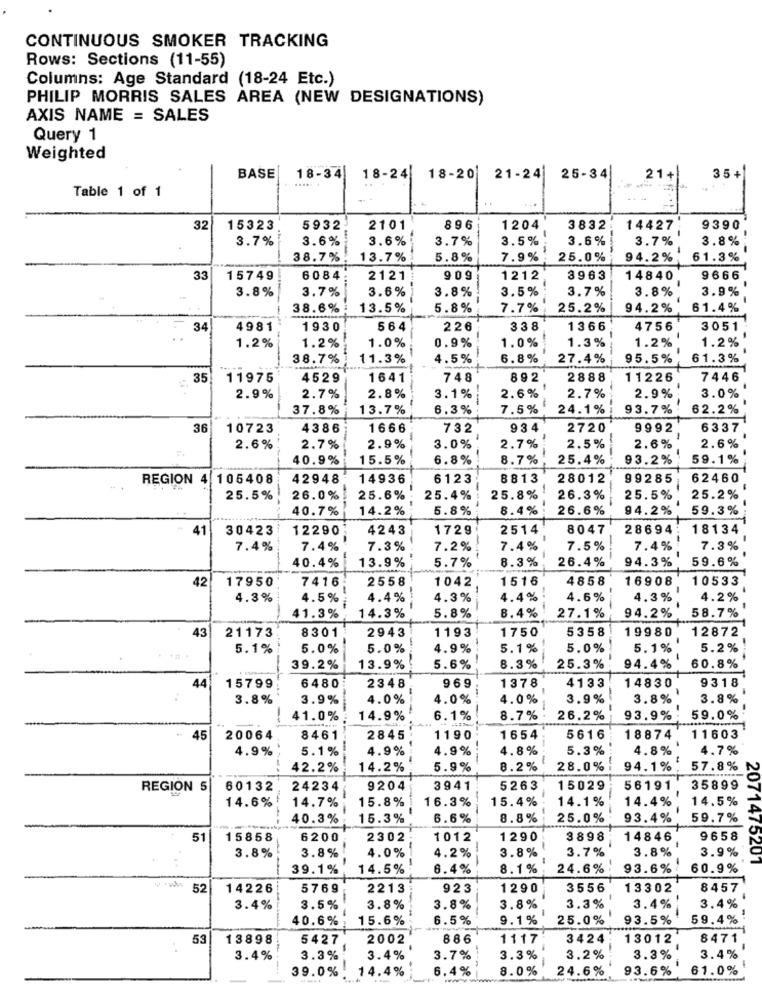
CONTINUOUS SMOKER TRACKING
Rows: Sections (11-55)
Columns: Age Standard (18-24 Etc.)
PHILIP MORRIS SALES AREA (NEW DESIGNATIONS)
AXIS NAME = SALES
Query 1
Weighted
35+
BASE
18-34
18-24
18-20
21-24
25-34
21+
Table 1 of 1
...
32
15323
5932
2101
896
1204
3832
14427
9390
3.7%
3.6%
3.6%
3.7%
3.5%
3.6%
3.7%
3.8%
38.7%
13.7%
5.8%
7.9%
25.0%
94.2%
61.3%
33
15749
6084
2121
909
1212
3963
14840
9666
3.8%
3.7%
3.6%
3.8%
3.5%
3.7%
3.8%
3.9%
38.6%
13.5%
5.8%
7.7%
25.2%
94.2%
61.4%
34
4981
1930
564
226
338
1366
4756
3051
1.2%
1.0%
1.3%
1.2%
1.2%
1.2%
1.0%
0.9%
38.7%
11.3%
4.5%
6.8%
27.4%
95.5%
61.3%
35
11975
4529
1641
748
892
2888
11226
7446
2.9%
2.7%
2.8%
3.1%
2.6%
2.7%
2.9%
3.0%
37.8%
13.7%
6.3%
7.5%
24.1%
93.7%
62.2%
36
10723
4386
1666
732
934
2720
9992
6337
-
2.6%
2.6%
2.7%
2.9%
3.0%
2.7%
2.5%
2.6%
40.9%
15.5%
6.8%
8.7%
25.4%
93.2%
59.1%
REGION 4 105408
42948
14936
6123
8813
28012
99285
62460
25.5%
26.0%
25.6%
25.4%
25.8%
26.3%
25.5%
25.2%
-
14.2%
5.8%
8.4%
26.6%
94.2%
59.3%
40.7%
41
30423
12290
4243
1729
2514
8047
28694
18134
7.4%
7.4%
7.3%
7.2%
7.4%
7.5%
7.4%
7.3%
5.7%
8.3%
26.4%
94.3%
59.6%
40.4%
13.9%
7416
2558
1042
1516
4858
16908
10533
42
17950
4.3%
4.5%
4.4%
4.3%
4.4%
4.6%
4.3%
4.2%
--
41.3%
14.3%
5.8%
B.4%
27.1%
94.2%
58.7%
43
8301
1193
1750
5358
19980
12872
21173
2943
5.1%
5.0%
5.0%
4.9%
5.1%
5.0%
5.1%
5.2%
39.2%
13.9%
5.6%
8.3%
25.3%
94.4%
60.8%
9318
44
15799
6480
2348
969
1378
4133
14830
3.8%
3.9%
4.0%
4.0%
4.0%
3.9%
3.8%
3.8%
$1.0%
14.9%
6.1%
8.7%
26.2%
93.9%
59.0%
45
20064
8461
2845
1190
1654
5616
18874
11603
4.9%
5.1%
4.9%
4.9%
4.8%
5.3%
4.8%
4.7%
42.2%
14.2%
5.9%
8.2%
28.0%
94.1%
57.8% N
REGION 5
60132
24234
9204
3941
5263
15029
56191
35899
207
15.8%
16.3%
15.4%
14.1%
14.4%
14.5%
14.6%
14.7%
40.3%
15.3%
6.6%
8.8%
25.0%
93.4%
59.7%
51
15858
6200
2302
1012
1290
3898
14846
9658
3.8%
4.0%
3.8%
3.7%
3.8%
3.9%
3.8%
4.2%
39.1%
14.5%
6.4%
8.1%
24.6%
93.6%
60.9%
52
14226
5769
2213
923
1290
3556
13302
8457
3.4%
3.5%
3.8%
3.8%
3.8%
3.3%
3.4%
3.4%
40.6%
15.6%
6.5%
9.1%
25.0%
93.5%
59.4%
53
13898
5427
2002
886
1117
3424
13012
8471
3.4%
3.3%
3.4%
3.7%
3.3%
3.2%
3.3%
3.4%
-
14.4%
6.4%
8.0%
24.6%
93.6%
61.0%
39.0% .